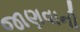
જાણવાની